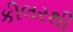
કીલરથી